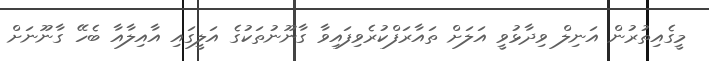
މީގެއިތުރުން އަނިލް ވިދާޅުވީ އަލަށް ތައާރަފްކުރެވިފައިވާ ގާނޫނުތަކުގެ އަލީގައި އާއިލާއާ ބެހޭ ގާނޫނަށް